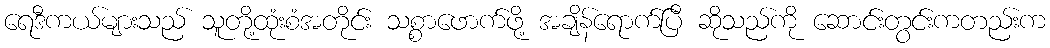
ရေဒီကယ်များသည် သူတို့ထုံးစံအတိုင်း သစ္စာဖောက်ဖို့ အချိန်ရောက်ပြီ ဆိုသည်ကို ဆောင်းတွင်းကတည်းက